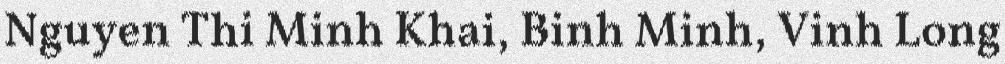
Nguyen Thi Minh Khai, Binh Minh, Vinh Long